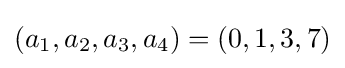
(a_{1},a_{2},a_{3},a_{4})=(0,1,3,7)